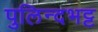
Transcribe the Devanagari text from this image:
पुलिन्दभट्ट